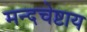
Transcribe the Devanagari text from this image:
मन्दचेष्टाय